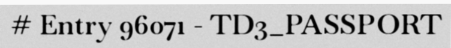
# Entry 96071 - TD3_PASSPORT